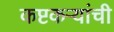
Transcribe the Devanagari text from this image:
कष्टकऱ्यांची